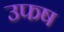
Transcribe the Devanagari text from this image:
उफष